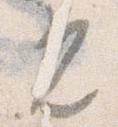
光